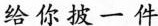
给你披一件